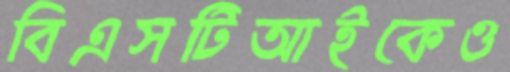
বিএসটিআইকেও